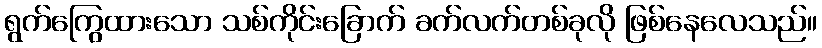
ရွက်ကြွေထားသော သစ်ကိုင်းခြောက် ခက်လက်တစ်ခုလို ဖြစ်နေလေသည်။